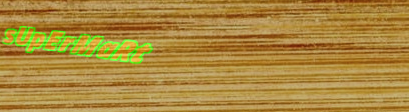
sUpErMaRt